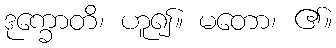
ဒုက္ခောတိ၊ ဟူ၍။ မတော၊ ၏။